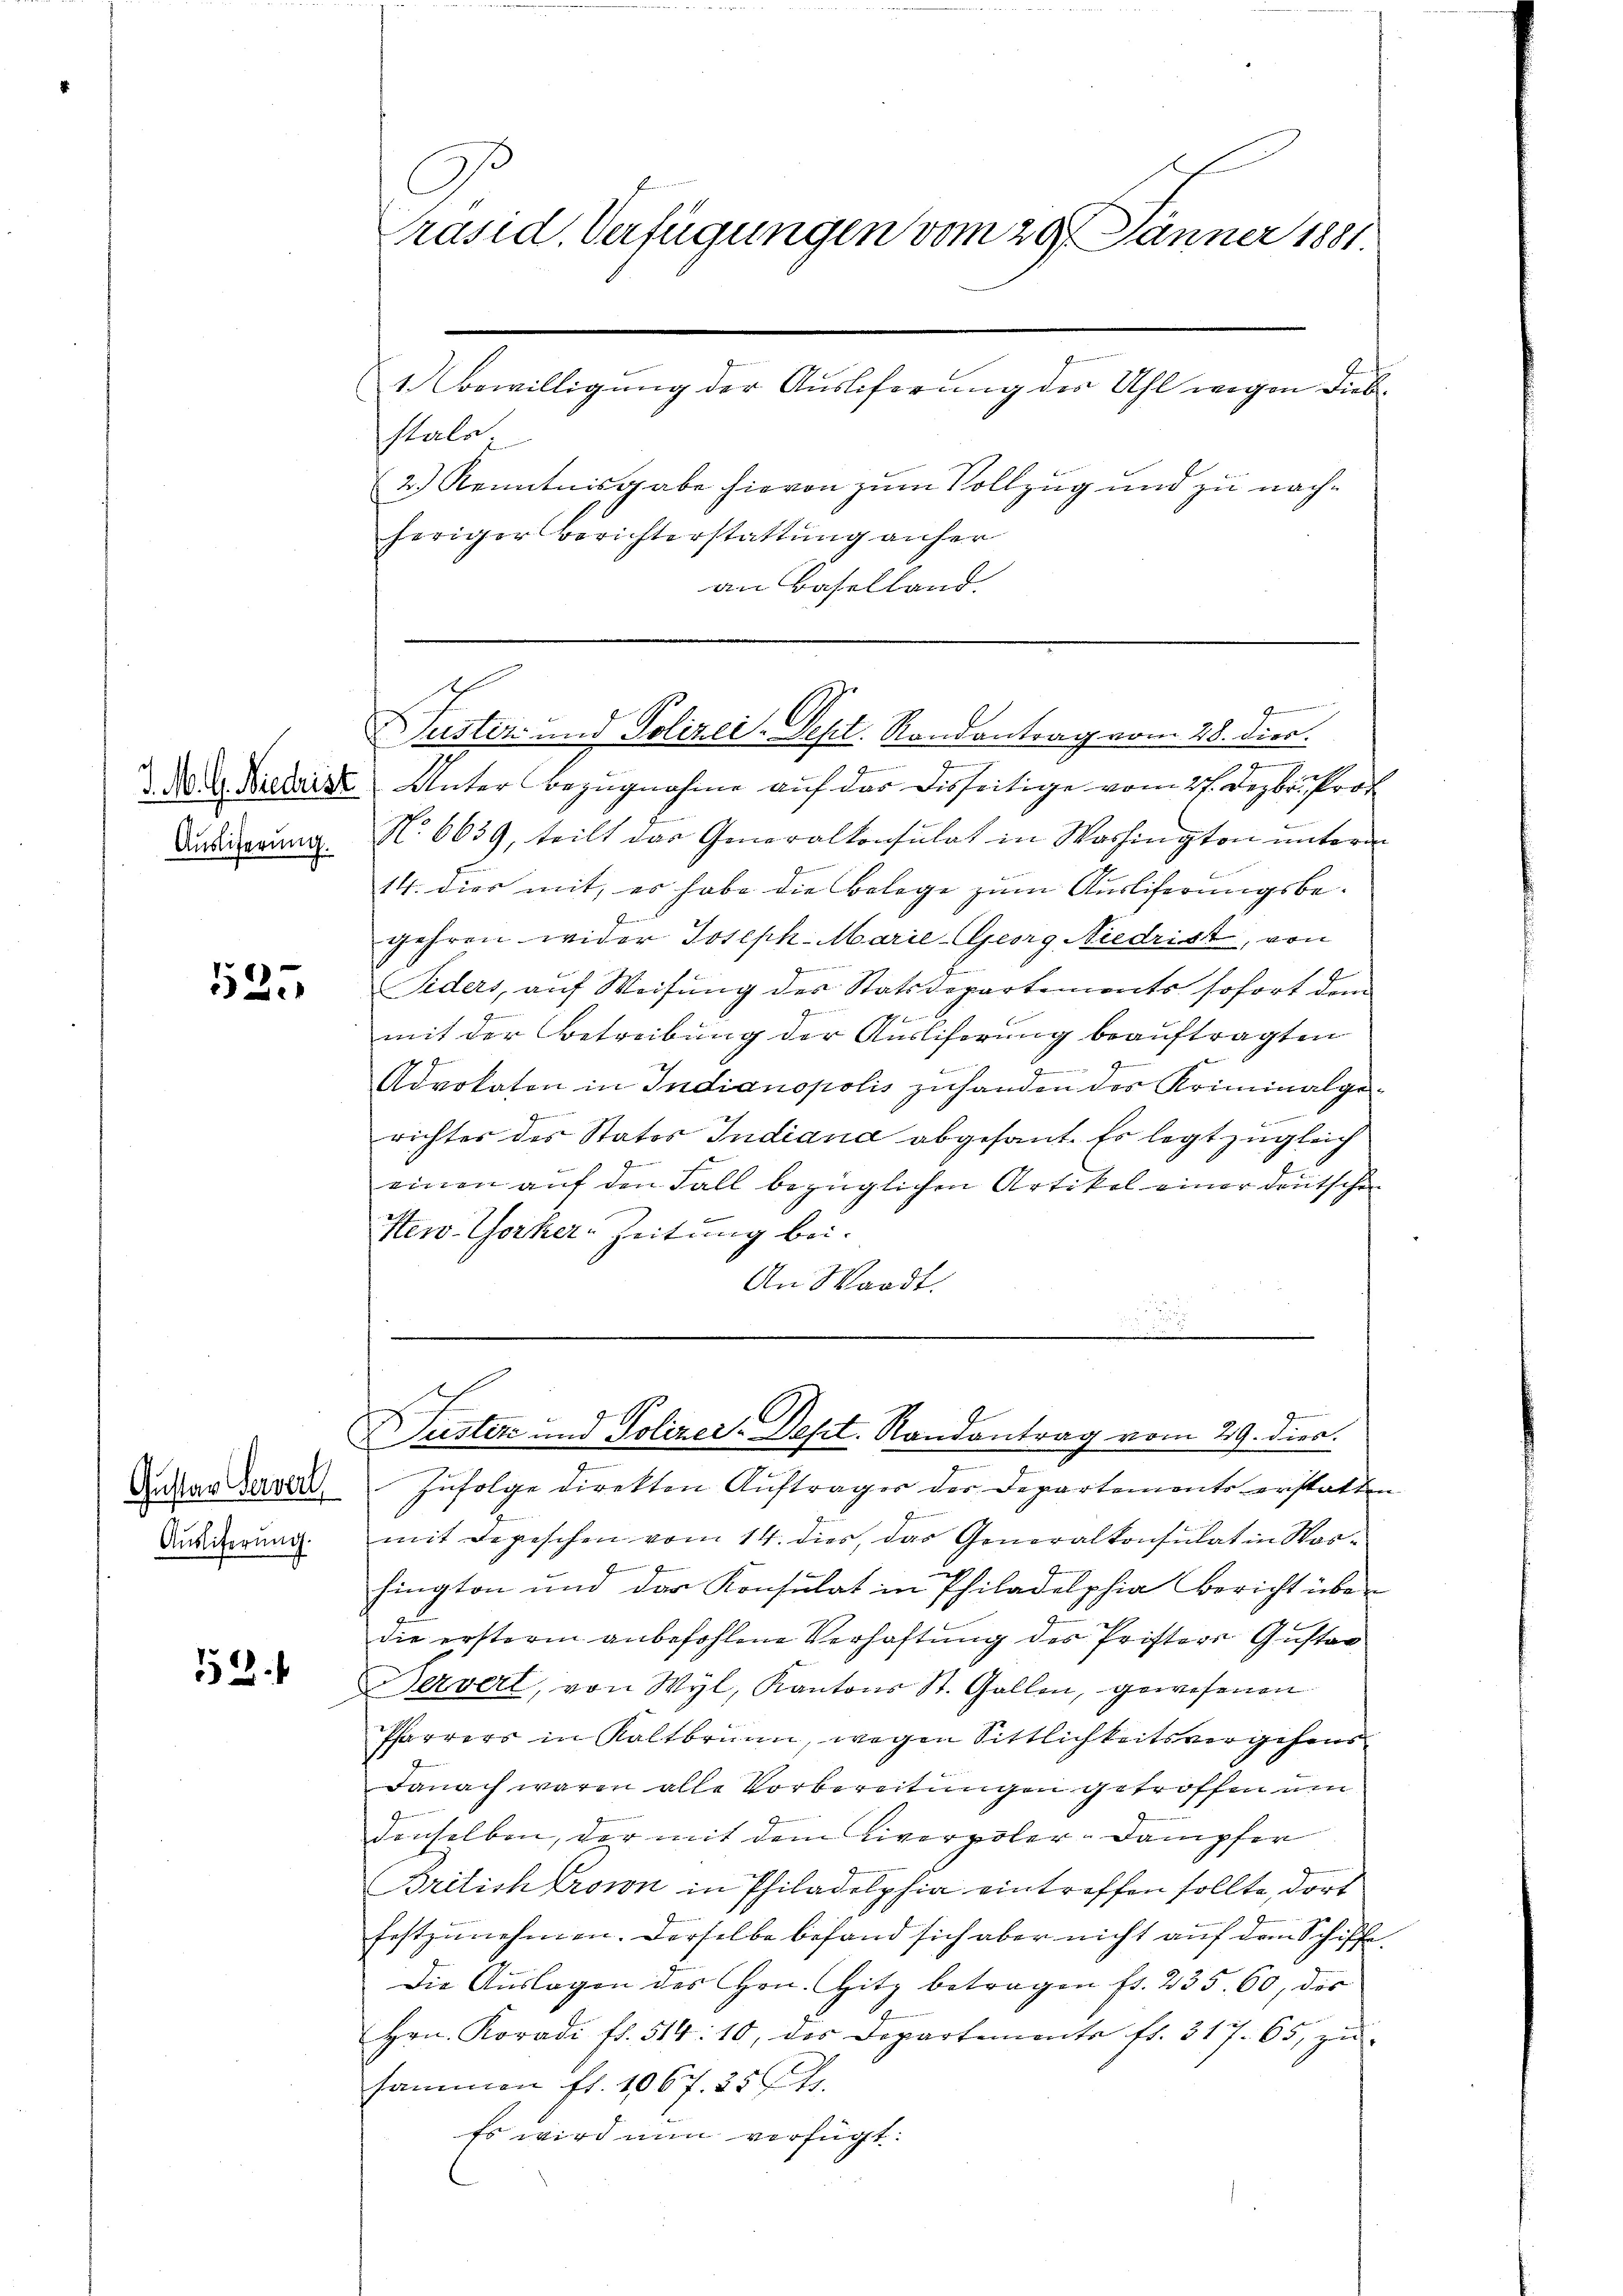
Auslieferung.

525

Gustav Gerverl
Ausliterung.

52.

2.) Kenntnisgabe hievon zum Vollzug und zu nachheriger Berichterstattung anfer
an Baselland.

Präsid. Verfügungen vom 29. Jänner 1881.
1. Bewilligung der Auslieferung der Uhl wegen Diebstals

e
D D. Dietaire Unter Bezugnahme auf der Disseitige vom 27. Dezbr. Prof
No 6639, teilt das Generalkonsulat in Washington unterm
14. dies mit, es habe die Belege zum Ausliferungsbegehren wider Joseph Marie-Georg Niedrist, von
.
Siders, auf Weisung des Statsdepartements sofort dem
mit der Betreibung der Ausliserung beauftragten

Advokaton in Indianopolis zuhanden des Kriminalge¬
.
f
richter des States Indiana abgesant. Es legt zugleich
einen auf den Fall bezüglichen Artikel einer deutschen
New-Yorker-Zeitung bei.
An Waadt.

Gem
Justiz- und Polizei-Sept. Randantrag vom 28. dies.

t
Suster und Polizei-Dept. Randantrag vom 29. dies

Zufolge direkten Auftrages der Departements erstatten
z
mit Depeschen vom 14. dies, das Generalkonsulat in Warfington und der Konsulat in Philadelphia Bericht über
die ersteren anbefohlene Verhaftung der Pristers Gustan
Berverl, von Wyl, Kantons St. Gallen, gewesenen
Pfarrers in Kaltbrunn, wegen Sittlichkeitsvergehens
Danach waren alle Vorbereitungen getroffen um
denselben, der mit dem Liverpoler-Dampfer
British Ersion in Philadelphia eintreffen sollte, dort
festzunehmen. Derselbe befand sich aber nicht auf dem Schiffe
Die Auslagen des Hrn. Hitz betragen fr. 235. 60, des
Hrn. Koradi fl. 514. 10, des Departemente fr. 317. 65, zŭ-
sammen fl. 1067. 254.
Es wird nun verfügt: